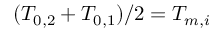
( T _ { 0 , 2 } + T _ { 0 , 1 } ) / 2 = T _ { m , i }